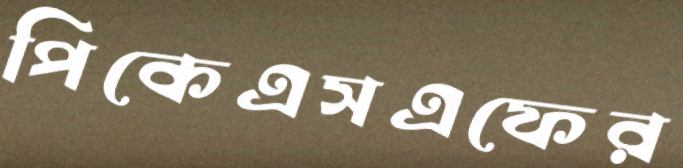
পিকেএসএফের